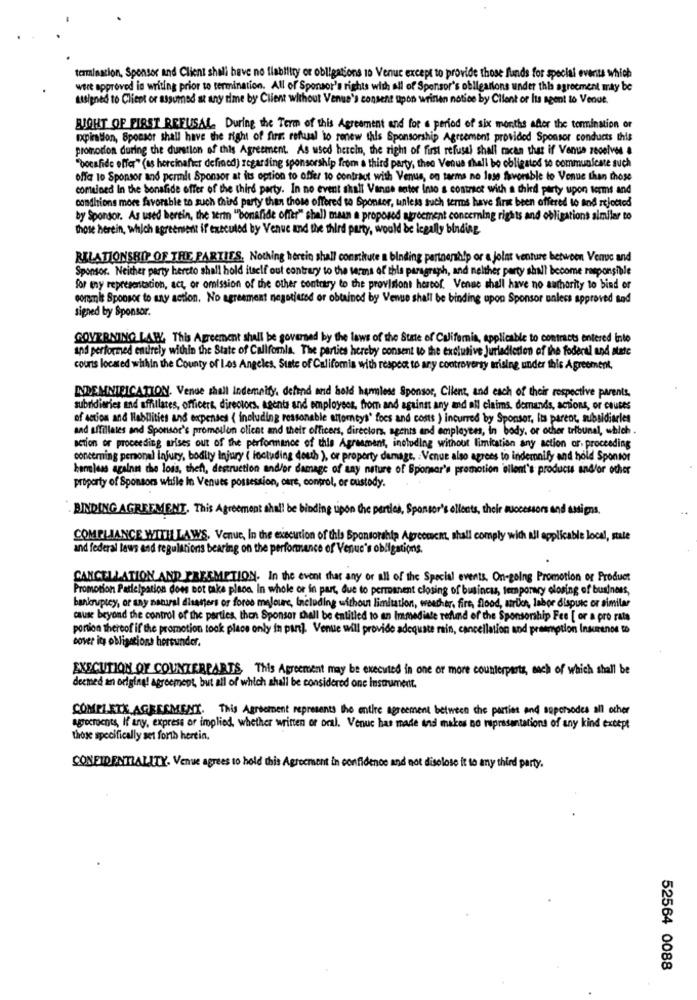
termination, Sponsor and Client shall have no flability or obligations 10 Venue except to provide those funds for special events which
wert approved in writing prior to termination. All of Sponsor's rights with all of Sponsor's obligations under this agreement may be
Lisigned to Client or assumed at any time by Client without Venue's consent upon written notice by Client or Its agent to Vendt.
BUGHT OF FIRST REFUSAL. During the Term of this Agreement and for a period of six months after the termination or
opinion, Sponsor shall have the right of fire: refusal to renew this Sponsorship Agreement provided Sponsor conducts this
promotion during the duration of this Agreement. As used herein, the right of first refusal shall mean that if Venue zeoelves
"bocafide offer" (as hercinales defined) regarding sponsorship from a third party, thea Venue shall be obligated to communicate such
offa 10 Sponsor and permit Sponsor at its option to offer to contract with Venue, on tarms no 19se favorable to Venue than those
comeined In the bonafide offer of the third party. In no event shalt Vance enter into a contract with a third party upon terms and
conditions more favorable to such third party than those offered to Sponsor, unless such terms have first been offered to and rejected
by Sponsor. As used bertin, the term ""bonafide offer" shall maan a proposed agreement concerning rights and obligations similar to
those herein, which agreement if executed by Venue and the third party, would be legally binding
RELATIONSHIP OF THE PARTIES. Nothing herein shall constitute a binding partnership or a joint venture between Venue and
Sponsor. Neither party hercto shall hold itself out contrary to the terms of this paragraph, and neither party shall become responsible
for my representation, act, or omission of the other contrary to the provisiont hercof. Venue shall have no authority to bind or
corsit Sponsor to any action. No agreement nagetiered or obtained by Venue shall be binding upon Sponsor unless approved tad
signed by Sponsor.
GOVERNING LAW This Agreement shall be governed by the laws of the State of California, applicable to contracts entered into
and performed entirely within the State of California. The parties hereby consent to the exclusive Jurisdiction of the federal and state
couris located whhin the County of Los Angeles, State of Califoris with respect to any controversy arising under this Agreement,
INDEMNIFICATION. Venue shell Indemnify defend and hold harmless Sponsor, Client, and each of their respective parents.
subridiaries and affiliates, officers, directors, agents and employees, from and against any and all claims, demands, actions, or chutes
of action and Hlabilities and expenses { including reasonable attorneys' foes and costs ) incurred by Sponsor, Its parent, subsidiarles
and affiliates and Sponsor's promoilon client and their officers, directors, agents and employees, in body, or other tribunal, which .
action or proceeding arises out of the performance of this Agreement, including without limitation any action of. proceeding
concerning personal Injury, bodily injury ( including doesh ), or property damage. : Venue also agrees to indemnily and hold Sponsor
kannless againus the loss, theft, destruction and/or damage of any nature of Sponsor's promotion 'ellent's products and/or other
property of Sponsors while In Venues possession, care, control, or custody.
BINDING AGREEMENT. This Agreement shall be binding upon the parties, S
lents, their successors and assigns,
COMPLIANCE WITH LAWS, Venue, In the execution of this Sponsorship Agreement, shall comply with all applicable local, state
and federal laws and regulations bearing on the performance of Venue's obligations.
CANCELLATION AND FRESMETION. In the event that any or all of the Special events. On-going Promotion of Product
Promotion Patelpation does not take place In whole or in part, due to permanent closing of business, temporwy olosing of business,
bankruptcy, or any natural disasters or foros meloure, Including without limitation, weather, fire, flood, arich, labor dispute or similar
cause beyond the control of the parties, then Sponsor shall be entitled to an Immediate refund of the Sponsorship Fee [ or a pro rata
portion thereof if the promotion took place only in pan]. Venue will provide adequate rain, cancellation and preemption Inumenos to
cover its obligations horsunder.
EXECUTION OF COUNTERPARTS, This Agreement may be executed in one or more counterparts, each of which shall be
deemed an odging! agreement, but all of which shall be considered one Instrument.
COMPLETE AGREEMENT. This Agreement represents the entire agreement between the parties and sepersodes all other
agreements, If any, express or implied, whether written or oral. Venue has made and makes no representations of any kind except
those specifically set forth herein.
CONFIDENTIALITY. Venue agrees to hold this Agreement in confidence and not diselose it to any third party.
52564 0088